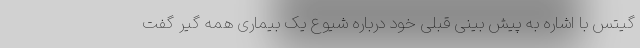
گیتس با اشاره به پیش بینی قبلی خود درباره شیوع یک بیماری همه گیر گفت